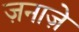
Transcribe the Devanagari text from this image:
ज़नाज़े